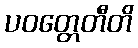
ပဝတ္တေတီတိ